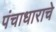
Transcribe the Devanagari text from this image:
पंचाधाराचे